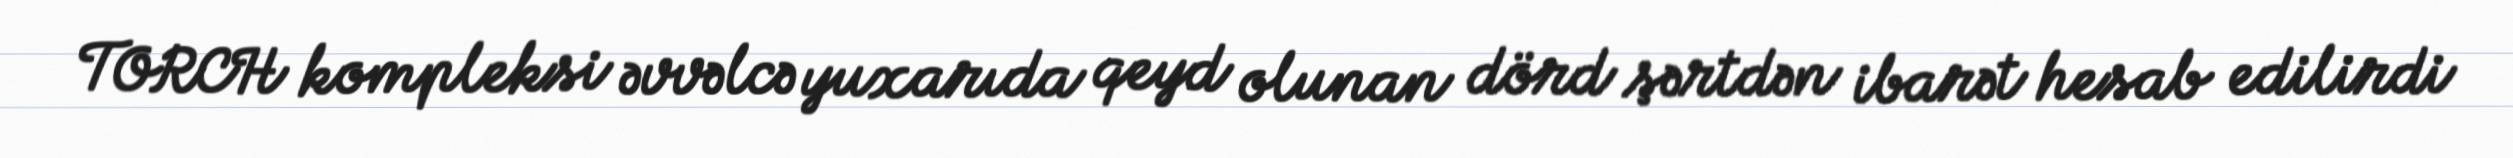
TORCH kompleksi əvvəlcə yuxarıda qeyd olunan dörd şərtdən ibarət hesab edilirdi